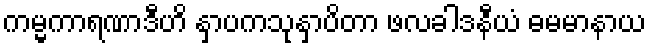
ကမ္မကာရဏာဒီဟိ နှာပကသုနှာပိတာ ဖလခါဒနီယံ ဓမမာနာယ